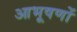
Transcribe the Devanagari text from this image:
आभूषणों